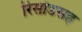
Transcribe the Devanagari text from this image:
रिसोडसह